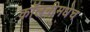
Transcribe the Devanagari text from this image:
कॉलनीमधेच